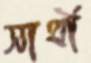
সাথী